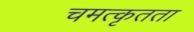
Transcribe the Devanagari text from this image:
चमत्कृतता